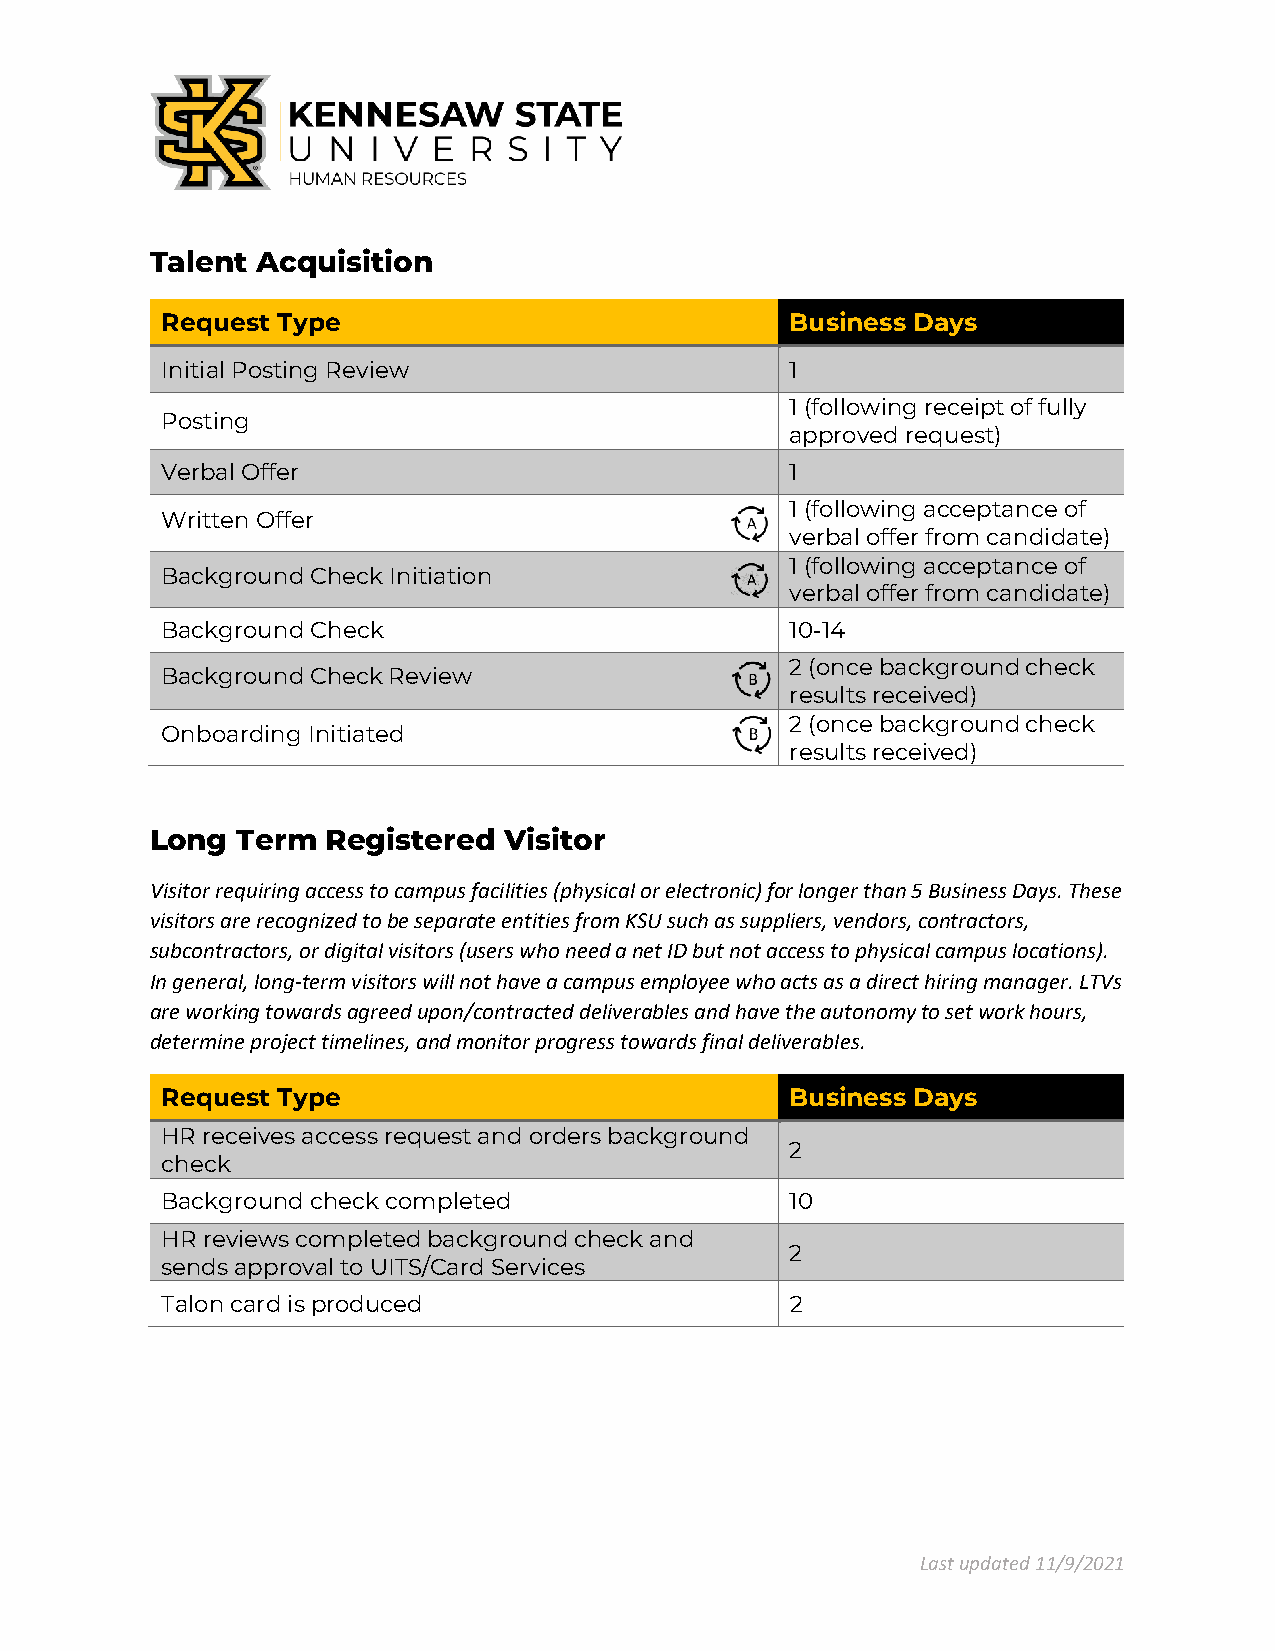
Talent Acquisition
 Request Type                             Business Days
 Initial Posting Review                   1
 1 (following receipt of fully
 Posting
 approved request)
 Verbal Offer                             1
 1 (following acceptance of
 Written Offer
 verbal offer from candidate)
 1 (following acceptance of
 Background Check Initiation
 verbal offer from candidate)
 Background Check                         10-14
 2 (once background check
 Background Check Review
 results received)
 2 (once background check
 Onboarding Initiated
 results received)
 Long  Term  Registered Visitor
 Visitor requiring access to campus facilities (physical or electronic) for longer than 5 Business Days. These
 visitors are recognized to be separate entities from KSU such as suppliers, vendors, contractors,
 subcontractors, or digital visitors (users who need a net ID but not access to physical campus locations).
 In general, long-term visitors will not have a campus employee who acts as a direct hiring manager. LTVs
 are working towards agreed upon/contracted deliverables and have the autonomy to set work hours,
 determine project timelines, and monitor progress towards final deliverables.
 Request Type                             Business Days
 HR receives access request and orders background
 2
 check
 Background check completed               10
 HR reviews completed background check and
 2
 sends approval to UITS/Card Services
 Talon card is produced                   2
 Last updated 11/9/2021